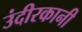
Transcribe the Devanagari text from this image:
उंदीरकानी